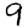
Digit: 9